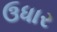
ઉધાર